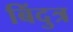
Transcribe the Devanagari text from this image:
बिंदुत्र